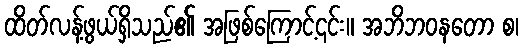
ထိတ်လန့်ဖွယ်ရှိသည်၏ အဖြစ်ကြောင့်၎င်း။ အဘိဘဝနတော စ၊